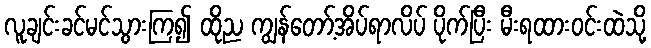
လူချင်းခင်မင်သွားကြ၍ ထိုည ကျွန်တော့်အိပ်ရာလိပ် ပိုက်ပြီး မီးရထားဝင်းထဲသို့